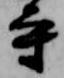
守